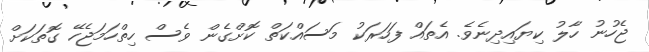
ޖެހުނު ހާލު ކިޔައިދިނެވެ. އެތައް ފަހަރަކު މަސައްކަތް ކޮށްގެން ވެސް ހިތްހަމަޖެހޭ ގޮތަކަށް